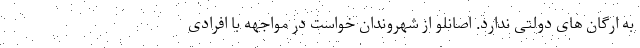
به ارگان های دولتی ندارد. اصانلو از شهروندان خواست در مواجهه با افرادی